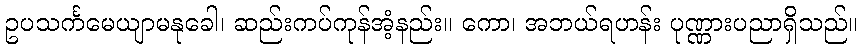
ဥပသင်္ကမေယျာမနုခေါ၊ ဆည်းကပ်ကုန်အံ့နည်း။ ကော၊ အဘယ်ရဟန်း ပုဏ္ဏားပညာရှိသည်။